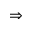
\Rightarrow